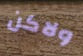
ولاكن